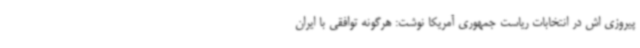
پیروزی اش در انتخابات ریاست جمهوری آمریکا نوشت: هرگونه توافقی با ایران